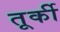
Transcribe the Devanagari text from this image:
तूर्की